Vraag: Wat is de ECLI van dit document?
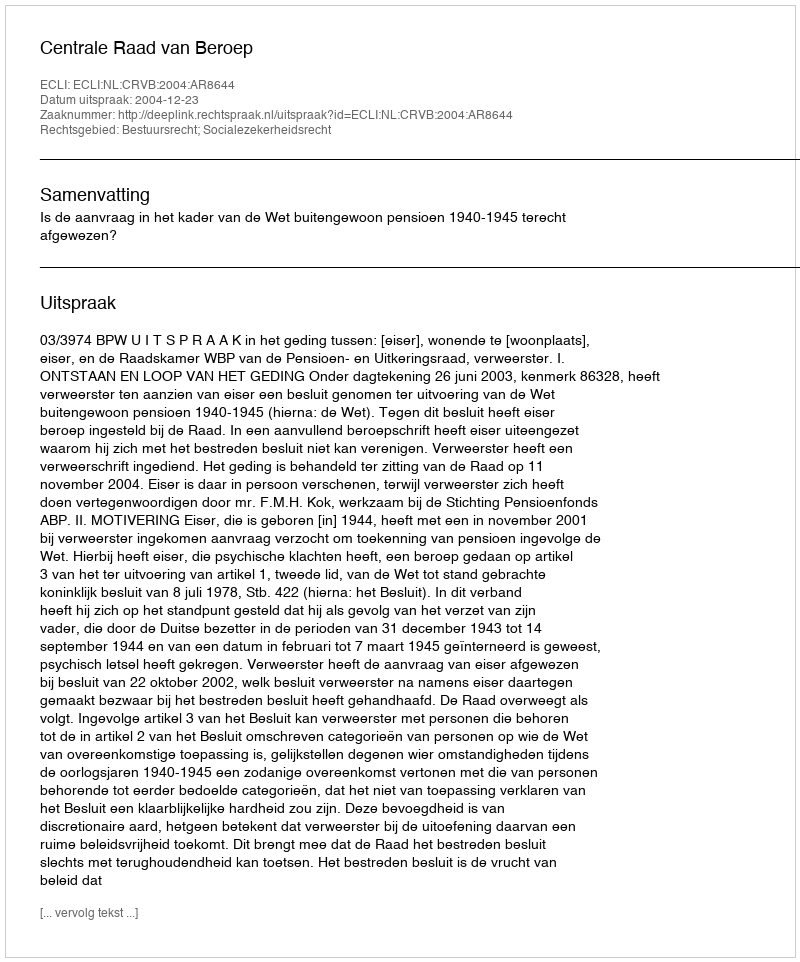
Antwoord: ECLI:NL:CRVB:2004:AR8644